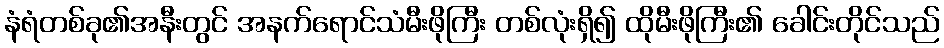
နံရံတစ်ခု၏အနီးတွင် အနက်ရောင်သံမီးဖိုကြီး တစ်လုံးရှိ၍ ထိုမီးဖိုကြီး၏ ခေါင်းတိုင်သည်